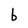
Character: b